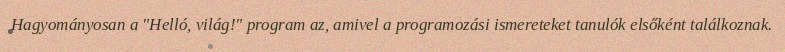
Hagyományosan a "Helló, világ!" program az, amivel a programozási ismereteket tanulók elsőként találkoznak.